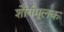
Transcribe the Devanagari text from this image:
शौर्यमूलक